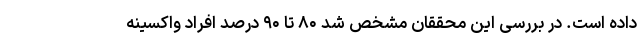
داده است. در بررسی این محققان مشخص شد ۸۰ تا ۹۰ درصد افراد واکسینه‌